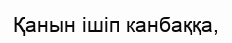
Қанын ішіп канбаққа,